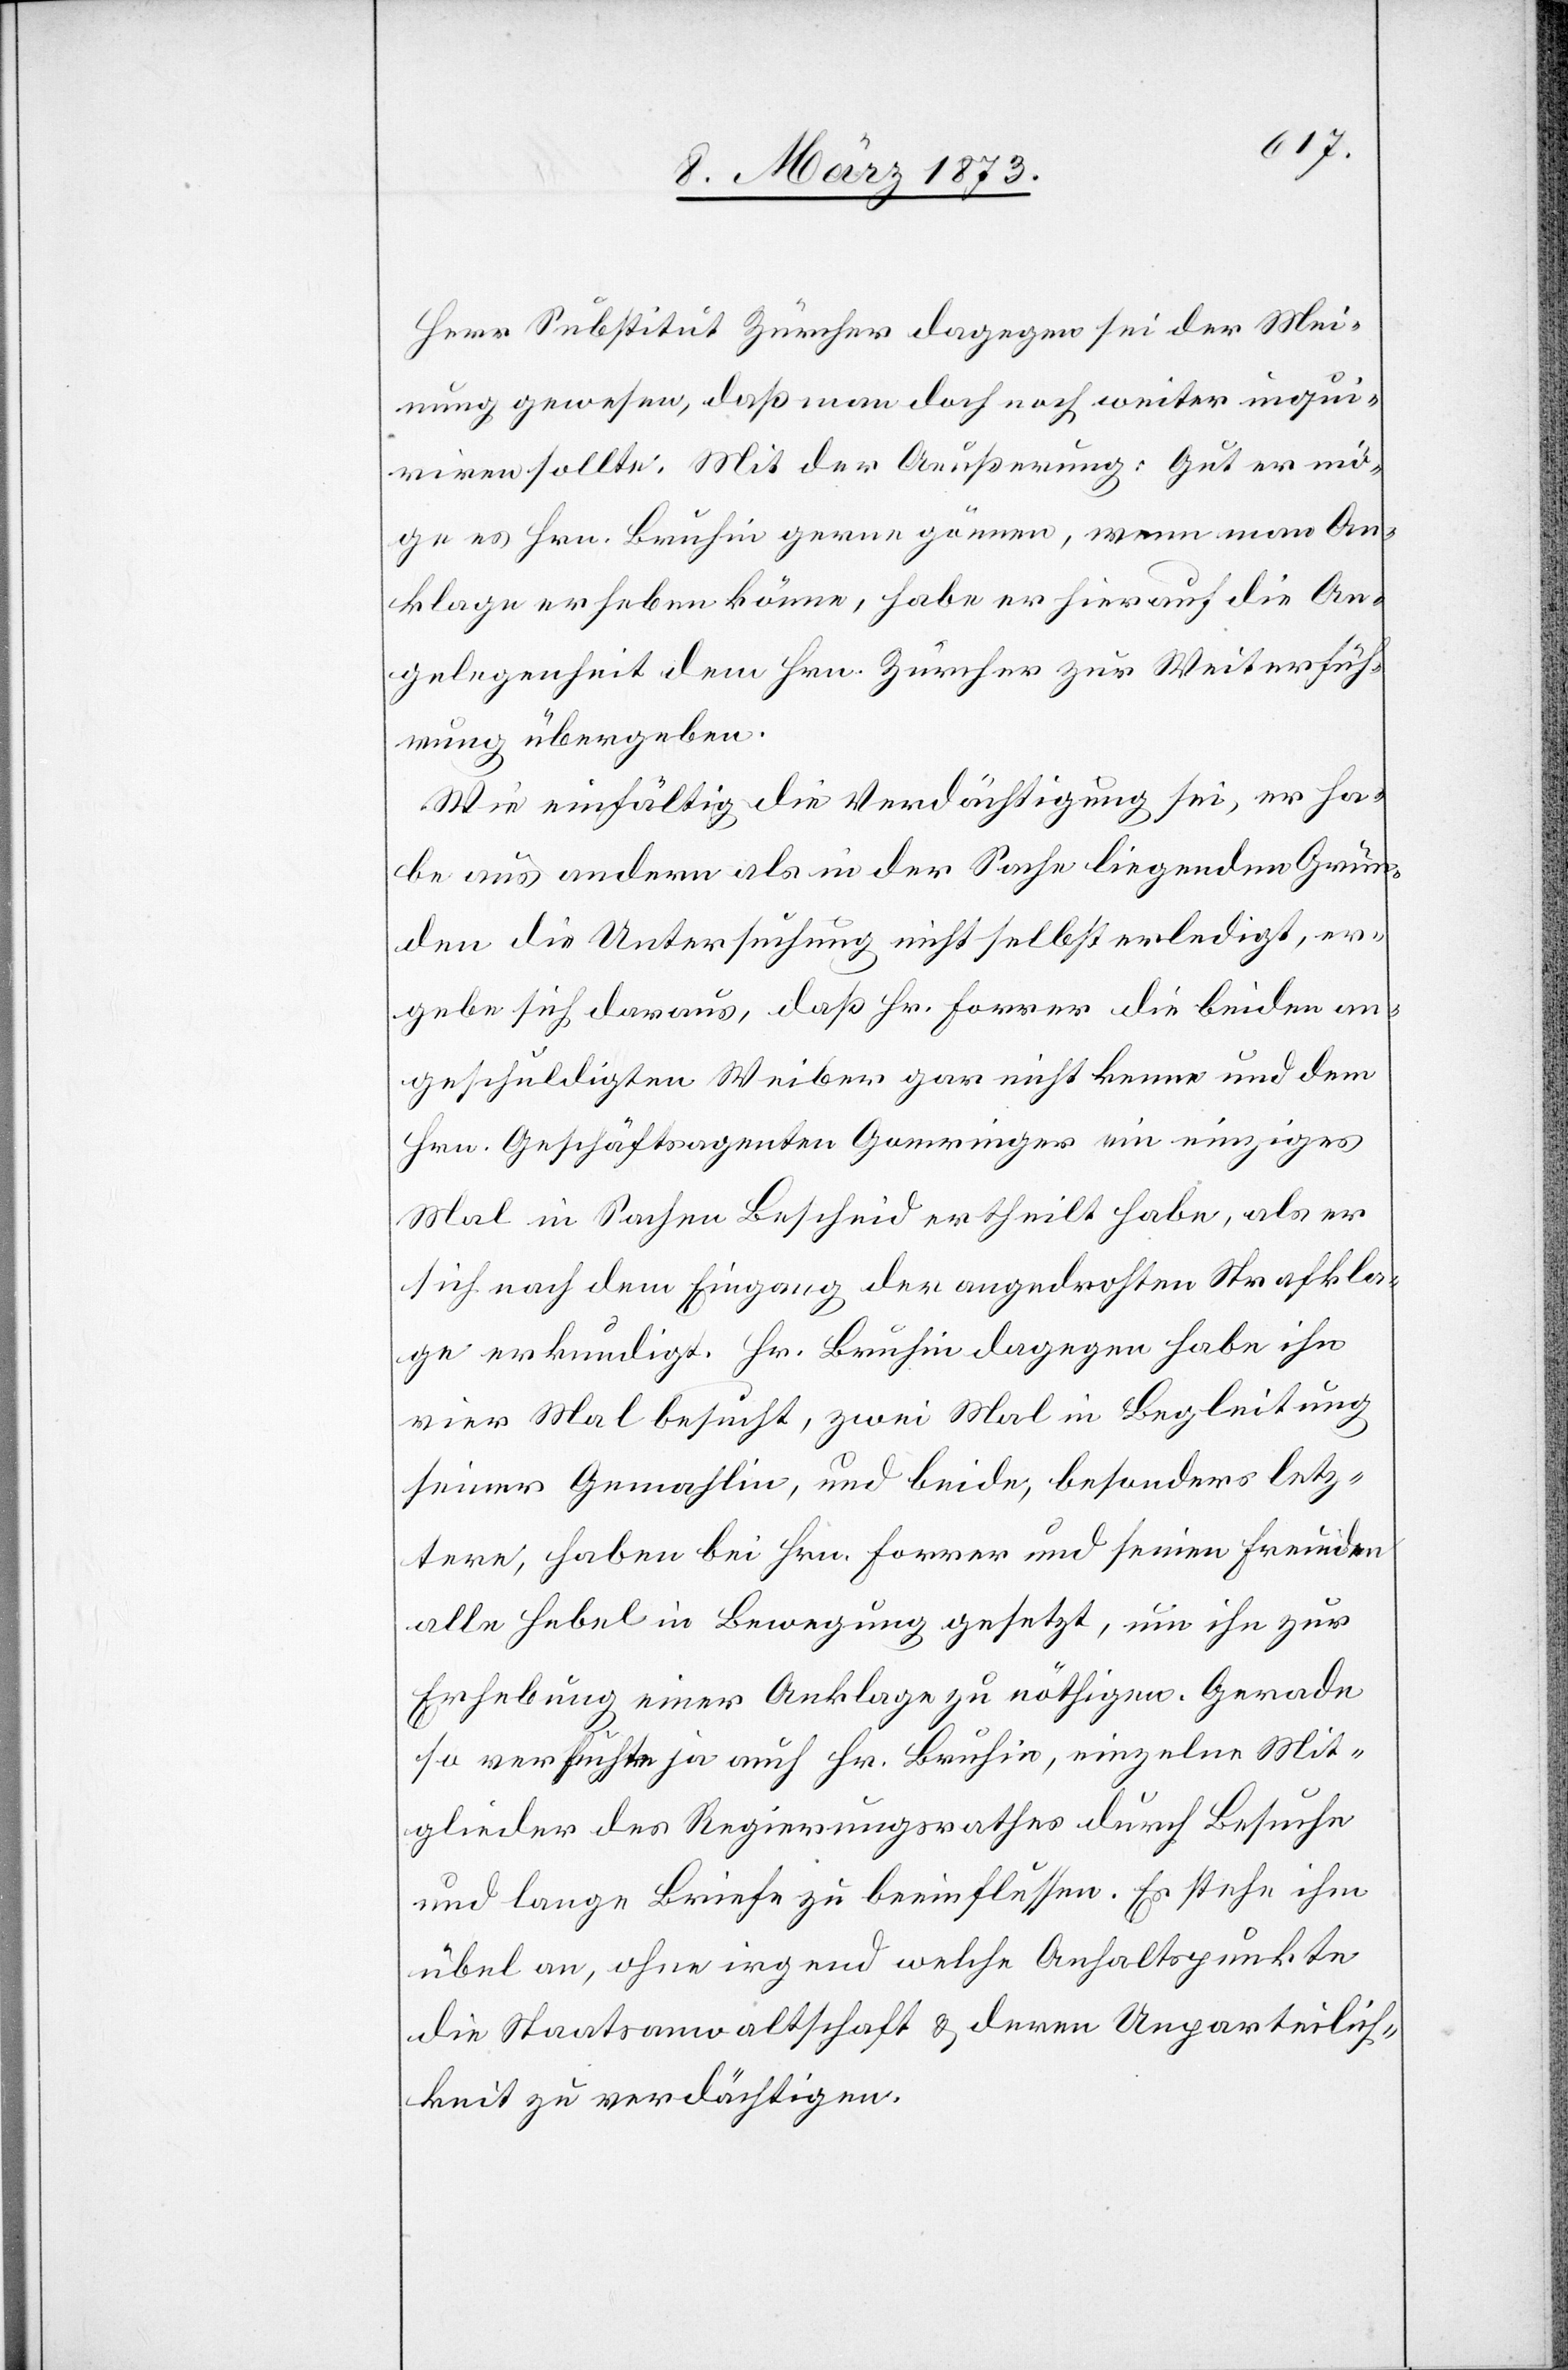
Herr Substitut Zürcher dagegen sei der Mei¬
nung gewesen, daß man doch noch weiter inqu¬
iriren sollte. Mit der Aeußerung: Gut er mö¬
ge es Hrn. Bruhin gerne gönnen, wenn man An¬
klage erheben könne, habe er hierauf die An¬
gelegenheit dem Hrn. Zürcher zu Weiterfüh¬
rung übergeben.
Wie einfältig die Verdächtigung sei, er ha¬
be aus andern als in der Sache liegenden Grün¬
den die Untersuchung nicht selbst erledigt, er¬
gebe sich daraus, daß Hr. Forrer die beiden an¬
geschuldigten Weiber gar nicht kenne und dem
Hrn. Geschäftsagenten Gomringer ein einziges
Mal in Sachen Bescheid ertheilt habe, als er
sich nach dem Eingang der angedrohten Strafkla¬
ge erkundigt. Hr. Bruhin dagegen habe ihn
vier Mal besucht, zwei Mal in Begleitung
seiner Gemahlin, und beide, besonders letz¬
tere, haben bei Hrn. Forrer und seinen Freunden
alle Hebel in Bewegung gesetzt, um ihn zur
Erhebung einer Anklage zu nöthigen. Gerade
so versuchte ja auch Hr. Bruhin, einzelne Mit¬
glieder des Regierungsrathes durch Besuche
und lange Briefe zu beeinflussen. Es stehe ihm
übel an, ohne irgend welche Anhaltspunkte
die Staatsanwaltschaft u. deren Unparteilich¬
keit zu verdächtigen.